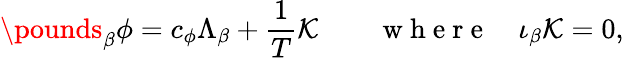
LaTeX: \pounds_{\beta}\phi=c_{\phi}\Lambda_{\beta}+\frac 1T{\cal K}\qquad\mathrm{~w~h~e~r~e~}\quad\iota_{\beta}{\cal K}=0,